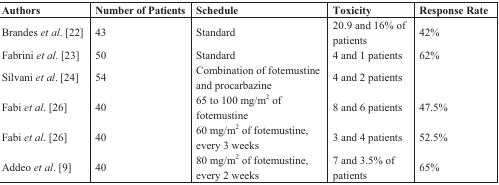
<table><thead><tr><td><b>Authors</b></td><td><b>Number of Patients</b></td><td><b>Schedule</b></td><td><b>Toxicity</b></td><td><b>Response Rate</b></td></tr></thead><tbody><tr><td>Brandes <i>et al</i>. [22]</td><td>43</td><td>Standard</td><td>20.9 and 16% of patients</td><td>42%</td></tr><tr><td>Fabrini <i>et al</i>. [23]</td><td>50</td><td>Standard</td><td>4 and 1 patients</td><td>62%</td></tr><tr><td>Silvani <i>et al</i>. [24]</td><td>54</td><td>Combination of fotemustine and procarbazine</td><td>4 and 2 patients</td><td></td></tr><tr><td>Fabi <i>et al</i>. [26]</td><td>40</td><td>65 to 100 mg/m<sup>2</sup> of fotemustine</td><td>8 and 6 patients</td><td>47.5%</td></tr><tr><td>Fabi <i>et al</i>. [26]</td><td>40</td><td>60 mg/m<sup>2</sup> of fotemustine, every 3 weeks</td><td>3 and 4 patients</td><td>52.5%</td></tr><tr><td>Addeo <i>et al</i>. [9]</td><td>40</td><td>80 mg/m<sup>2</sup> of fotemustine, every 2 weeks</td><td>7 and 3.5% of patients</td><td>65%</td></tr></tbody></table>